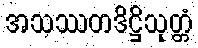
အသဿတဒိဋ္ဌိသုတ္တံ